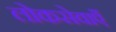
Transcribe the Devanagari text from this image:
लोकसेवाएँ